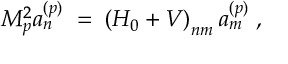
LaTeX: M _ { p } ^ { 2 } a _ { n } ^ { ( p ) } \; = \; \left( H _ { 0 } + V \right) _ { n m } a _ { m } ^ { ( p ) } \; ,